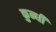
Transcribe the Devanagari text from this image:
कुन्धी